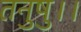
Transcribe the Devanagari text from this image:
तनुषु।।